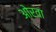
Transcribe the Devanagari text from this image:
ओरवा